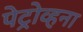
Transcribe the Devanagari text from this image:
पेट्रोव्हना